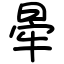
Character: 𣇟